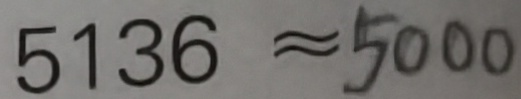
5 1 3 6 \approx 5 0 0 0